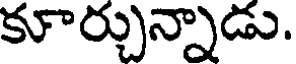
కూర్చున్నాడు.